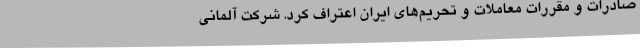
صادرات و مقررات معاملات و تحریم‌های ایران اعتراف کرد. شرکت آلمانی